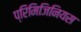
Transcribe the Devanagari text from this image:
प्रिमिजिनियस